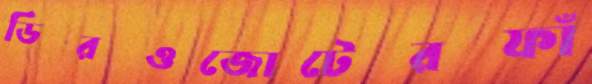
ডিরওজোটেরফাঁ